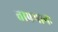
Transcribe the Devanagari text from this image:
तापमानः